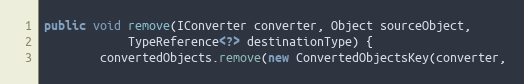
Language: Java
public void remove(IConverter converter, Object sourceObject,
			TypeReference<?> destinationType) {
		convertedObjects.remove(new ConvertedObjectsKey(converter,